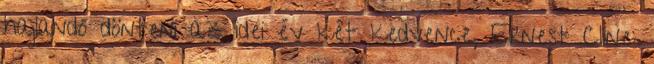
hajlandó dönteni az idei év két kedvence, Ernest Cline: